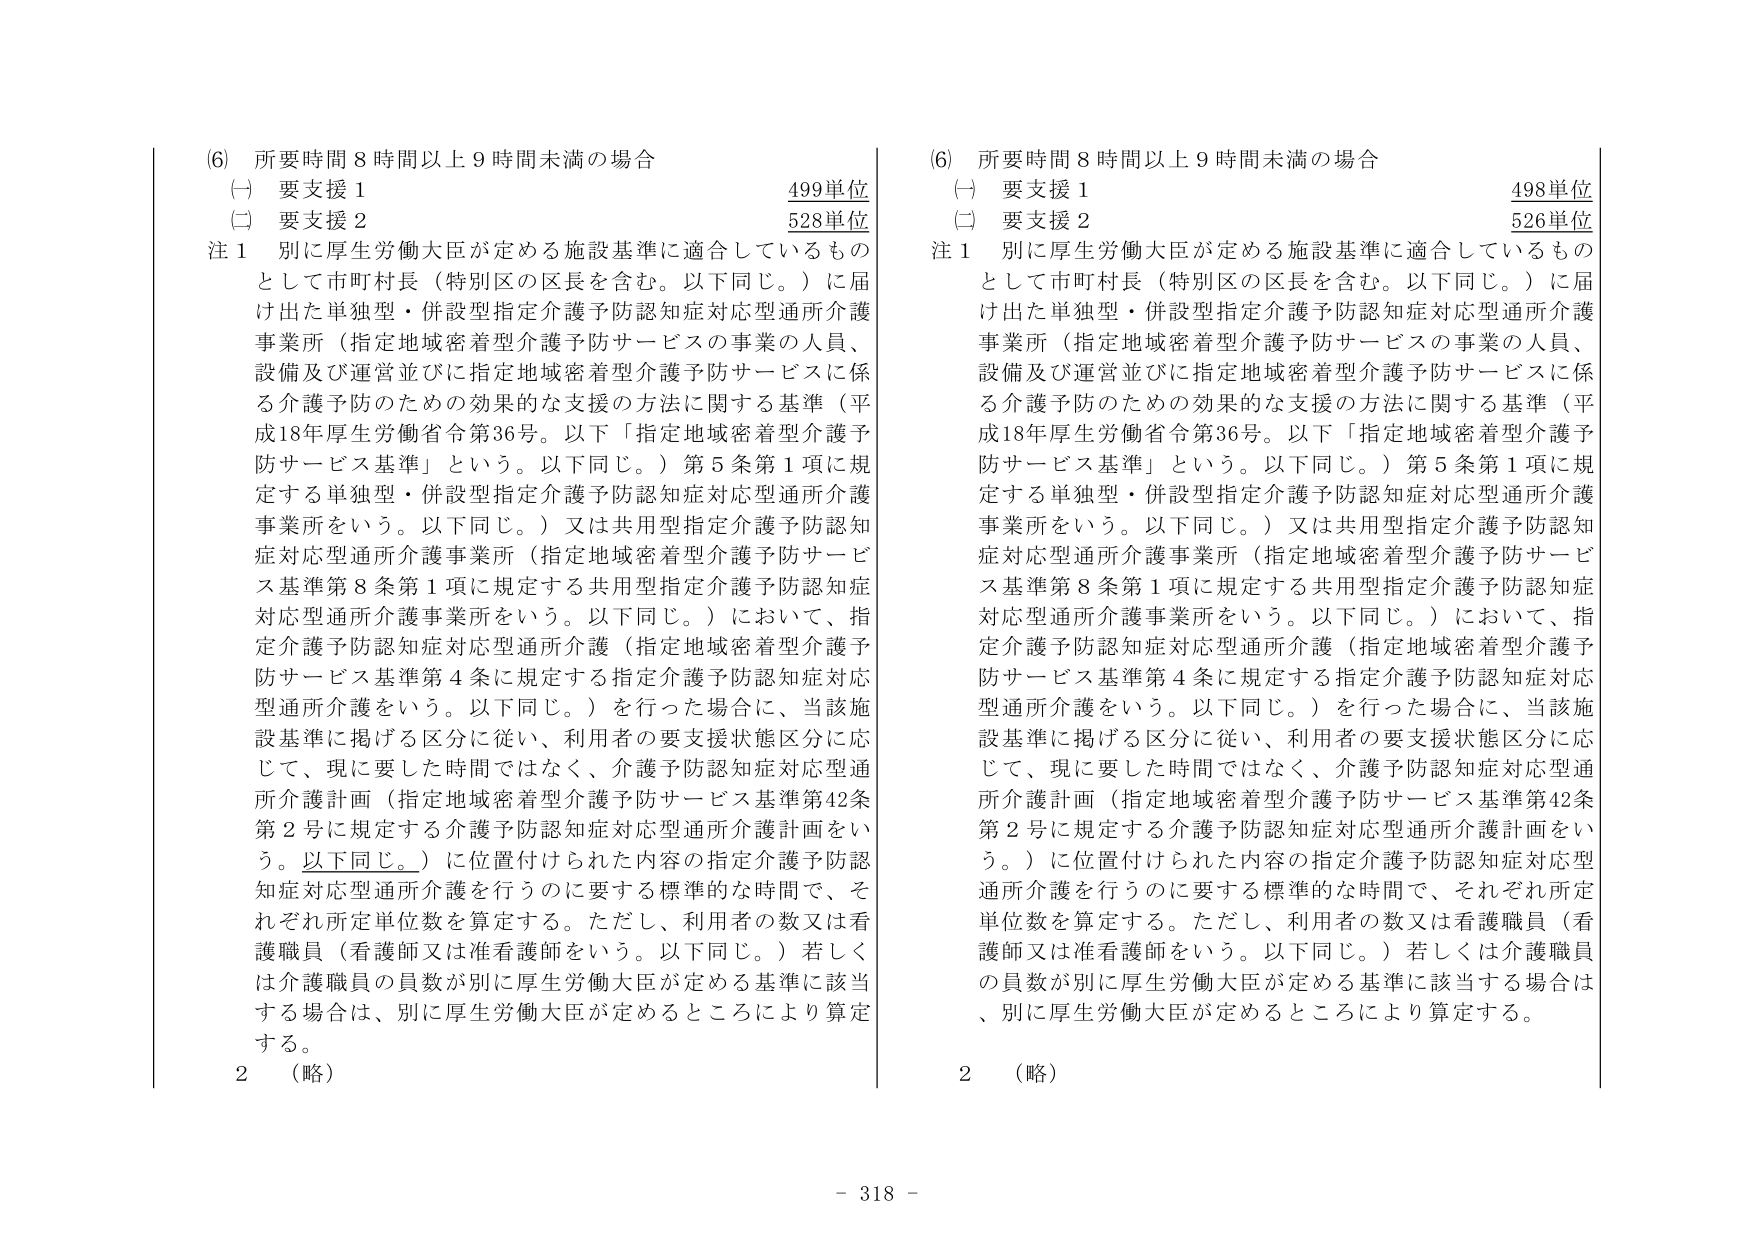
(6) 所要時間８時間以上９時間未満の場合
(一) 要支援１ 499単位
(二) 要支援２ 528単位
注１ 別に厚生労働大臣が定める施設基準に適合しているもの
として市町村長（特別区の区長を含む。以下同じ。）に届
け出た単独型・併設型指定介護予防認知症対応型通所介護
事業所（指定地域密着型介護予防サービスの事業の人員、
設備及び運営並びに指定地域密着型介護予防サービスに係
る介護予防のための効果的な支援の方法に関する基準（平
成18年厚生労働省令第36号。以下「指定地域密着型介護予
防サービス基準」という。以下同じ。）第５条第１項に規
定する単独型・併設型指定介護予防認知症対応型通所介護
事業所をいう。以下同じ。）又は共用型指定介護予防認知
症対応型通所介護事業所（指定地域密着型介護予防サービ
ス基準第８条第１項に規定する共用型指定介護予防認知症
対応型通所介護事業所をいう。以下同じ。）において、指
定介護予防認知症対応型通所介護（指定地域密着型介護予
防サービス基準第４条に規定する指定介護予防認知症対応
型通所介護をいう。以下同じ。）を行った場合に、当該施
設基準に掲げる区分に従い、利用者の要支援状態区分に応
じて、現に要した時間ではなく、介護予防認知症対応型通
所介護計画（指定地域密着型介護予防サービス基準第42条
第２号に規定する介護予防認知症対応型通所介護計画をい
う。以下同じ。）に位置付けられた内容の指定介護予防認
知症対応型通所介護を行うのに要する標準的な時間で、そ
れぞれ所定単位数を算定する。ただし、利用者の数又は看
護職員（看護師又は准看護師をいう。以下同じ。）若しく
は介護職員の員数が別に厚生労働大臣が定める基準に該当
する場合は、別に厚生労働大臣が定めるところにより算定
する。
２ （略）

(6) 所要時間８時間以上９時間未満の場合
(一) 要支援１ 498単位
(二) 要支援２ 526単位
注１ 別に厚生労働大臣が定める施設基準に適合しているもの
として市町村長（特別区の区長を含む。以下同じ。）に届
け出た単独型・併設型指定介護予防認知症対応型通所介護
事業所（指定地域密着型介護予防サービスの事業の人員、
設備及び運営並びに指定地域密着型介護予防サービスに係
る介護予防のための効果的な支援の方法に関する基準（平
成18年厚生労働省令第36号。以下「指定地域密着型介護予
防サービス基準」という。以下同じ。）第５条第１項に規
定する単独型・併設型指定介護予防認知症対応型通所介護
事業所をいう。以下同じ。）又は共用型指定介護予防認知
症対応型通所介護事業所（指定地域密着型介護予防サービ
ス基準第８条第１項に規定する共用型指定介護予防認知症
対応型通所介護事業所をいう。以下同じ。）において、指
定介護予防認知症対応型通所介護（指定地域密着型介護予
防サービス基準第４条に規定する指定介護予防認知症対応
型通所介護をいう。以下同じ。）を行った場合に、当該施
設基準に掲げる区分に従い、利用者の要支援状態区分に応
じて、現に要した時間ではなく、介護予防認知症対応型通
所介護計画（指定地域密着型介護予防サービス基準第42条
第２号に規定する介護予防認知症対応型通所介護計画をい
う。）に位置付けられた内容の指定介護予防認知症対応型
通所介護を行うのに要する標準的な時間で、それぞれ所定
単位数を算定する。ただし、利用者の数又は看護職員（看
護師又は准看護師をいう。以下同じ。）若しくは介護職員
の員数が別に厚生労働大臣が定める基準に該当する場合は
、別に厚生労働大臣が定めるところにより算定する。
２ （略）

- 318 -